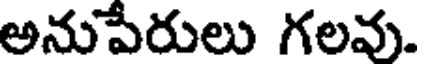
అనుపేరులు గలవు.